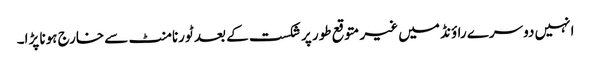
انہیں دوسرے راؤنڈ میں غیر متوقع طور پر شکست کے بعد ٹورنامنٹ سے خارج ہونا پڑا۔